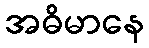
အဓိမာနေ